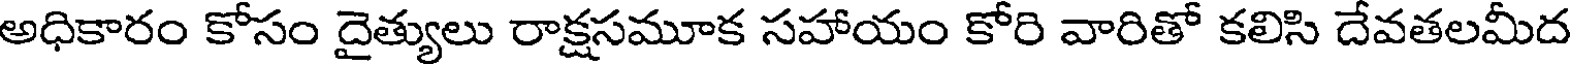
అధికారం కోసం దైత్యులు రాక్షసమూక సహాయం కోరి వారితో కలిసి దేవతలమీద